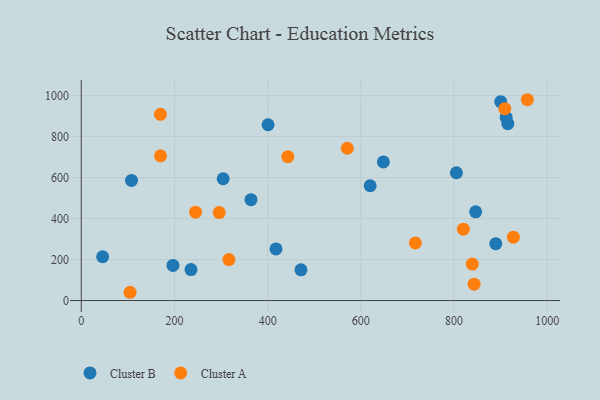
{"axis": {"x": "Experience", "y": "Salary"}, "legend": ["Cluster A", "Cluster B"], "data": [{"x": "400.9", "y": 858.0, "type": "Cluster B"}, {"x": "235.5", "y": 150.9, "type": "Cluster B"}, {"x": "805.1", "y": 623.6, "type": "Cluster B"}, {"x": "107.8", "y": 586.1, "type": "Cluster B"}, {"x": "471.5", "y": 150.0, "type": "Cluster B"}, {"x": "889.6", "y": 277.3, "type": "Cluster B"}, {"x": "620.0", "y": 560.2, "type": "Cluster B"}, {"x": "304.5", "y": 594.5, "type": "Cluster B"}, {"x": "915.5", "y": 863.2, "type": "Cluster B"}, {"x": "417.9", "y": 251.8, "type": "Cluster B"}, {"x": "911.9", "y": 893.5, "type": "Cluster B"}, {"x": "364.2", "y": 492.1, "type": "Cluster B"}, {"x": "196.8", "y": 171.2, "type": "Cluster B"}, {"x": "648.4", "y": 676.7, "type": "Cluster B"}, {"x": "846.4", "y": 433.0, "type": "Cluster B"}, {"x": "900.2", "y": 970.4, "type": "Cluster B"}, {"x": "45.8", "y": 213.6, "type": "Cluster B"}, {"x": "296.0", "y": 429.5, "type": "Cluster A"}, {"x": "957.4", "y": 980.1, "type": "Cluster A"}, {"x": "717.0", "y": 281.0, "type": "Cluster A"}, {"x": "843.0", "y": 79.7, "type": "Cluster A"}, {"x": "839.1", "y": 178.0, "type": "Cluster A"}, {"x": "570.9", "y": 743.3, "type": "Cluster A"}, {"x": "820.0", "y": 348.4, "type": "Cluster A"}, {"x": "169.9", "y": 909.0, "type": "Cluster A"}, {"x": "927.4", "y": 309.3, "type": "Cluster A"}, {"x": "316.8", "y": 199.7, "type": "Cluster A"}, {"x": "245.3", "y": 431.1, "type": "Cluster A"}, {"x": "170.1", "y": 706.3, "type": "Cluster A"}, {"x": "443.3", "y": 702.0, "type": "Cluster A"}, {"x": "104.7", "y": 40.3, "type": "Cluster A"}, {"x": "909.0", "y": 936.2, "type": "Cluster A"}]}